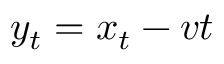
y _ { t } = x _ { t } - v t